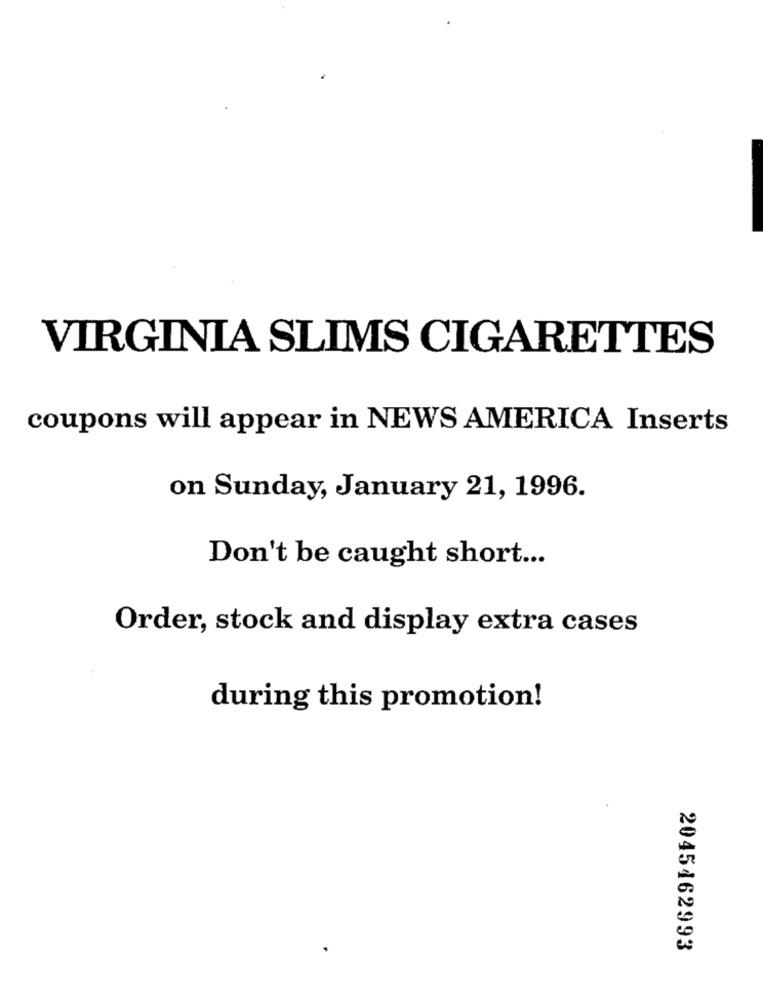
VIRGINIA SLIMS CIGARETTES
coupons will appear in NEWS AMERICA Inserts
on Sunday, January 21, 1996.
Don't be caught short ...
Order, stock and display extra cases
during this promotion!
2045162993